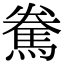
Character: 駦